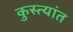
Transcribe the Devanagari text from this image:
कुस्त्यांत